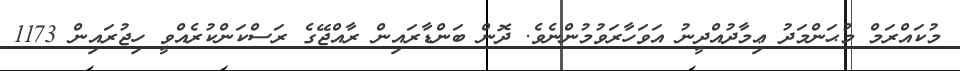
މުކައްރަމް މުޙަންމަދު ޢިމާދުއްދީނު އަވަހާރަވުމުންނެވެ. ދޮން ބަންޑާރައިން ރާއްޖޭގެ ރަސްކަންކުރެއްވީ ހިޖުރައިން 1173